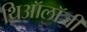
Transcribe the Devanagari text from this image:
थिऑलॉजी